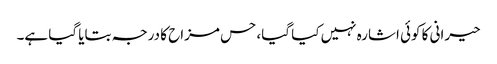
حیرانی کا کوئی اشارہ نہیں کیا گیا، حس مزاح کا درجہ بتایا گیا ہے۔